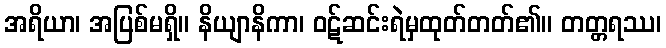
အရိယာ၊ အပြစ်မရှိ။ နိယျာနိကာ၊ ဝဋ်ဆင်းရဲမှထုတ်တတ်၏။ တတ္တရဿ၊